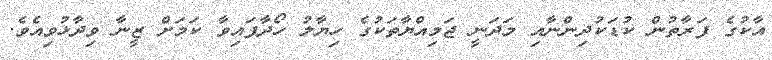
އާކުގެ ފަރާތުން ކުޑަކުދިންނާއި މަދަނީ ޖަމިއްޔާތަކުގެ ހިޔާލު ހޯދާފައިވާ ކަމަށް ޒީނާ ވިދާޅުވިއެވެ.